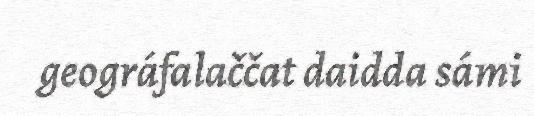
geográfalaččat daidda sámi